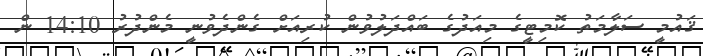
ޤައުމީ ސަލާމަތު ކޮމިޓީގެ މިއަދުގެ ބައްދަލުވުން ކުރިއަށް ގެންދެވުނީ މެންދުރު 14:10 ން